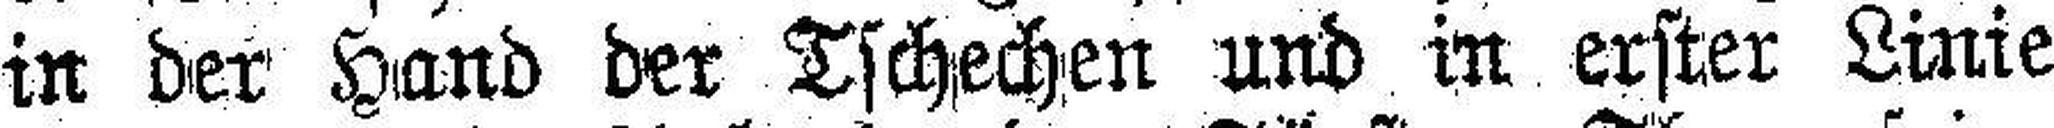
in der Hand der Tschechen und in erster Linie